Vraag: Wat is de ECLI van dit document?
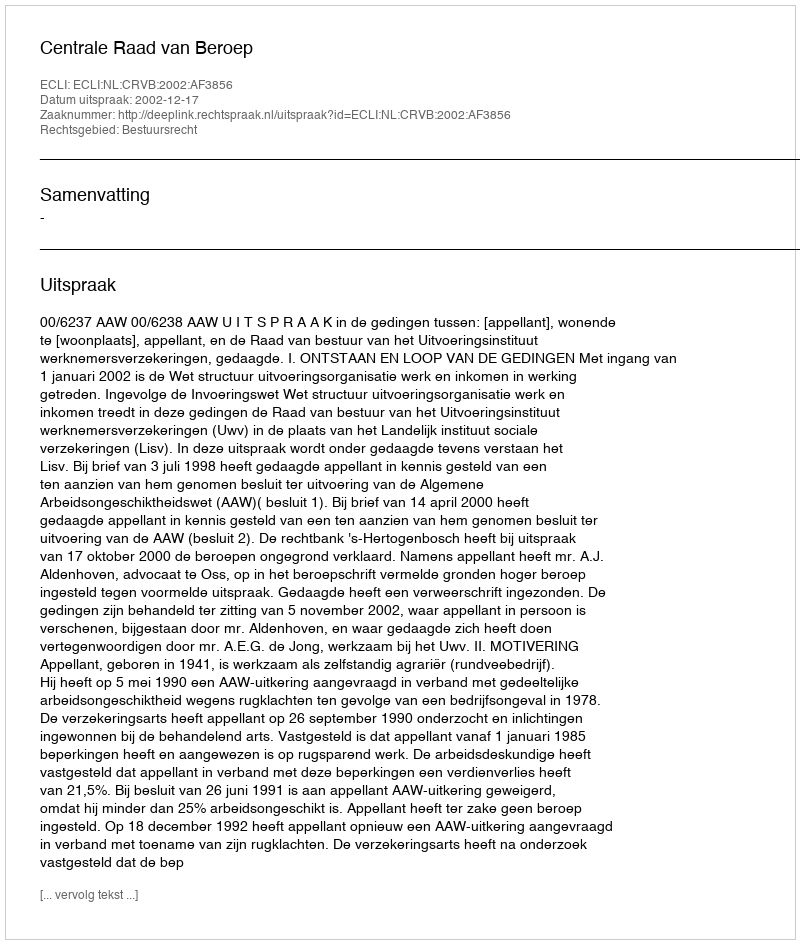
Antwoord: ECLI:NL:CRVB:2002:AF3856